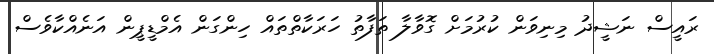
ރައީސް ނަޝީދު މިނިވަން ކުރުމަށް ގޮވާލާ ތަފާތު ހަރަކާތްތައް ހިންގަން އެމްޑީޕީން އަނެއްކާވެސް